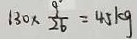
1 3 0 \times \frac { 9 } { 2 6 } = 4 5 k g